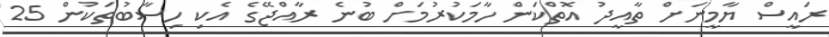
ރައީސް ޔާމީނަށް ތާއީދު އޮތްކަން ހާމަކުރުމަށް ބުނެ ރާއްޖޭގެ އެކި ހިސާބުތަކުން 25